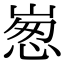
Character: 𡹸